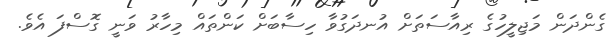
ގެންދަން މަޖިލީހުގެ ރިއާސަތަށް އުނދަގުވާ ހިސާބަށް ކަންތައް މިހާރު ވަނީ ގޮސްފަ އެވެ.